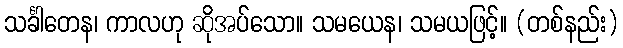
သင်္ခါတေန၊ ကာလဟု ဆိုအပ်သော။ သမယေန၊ သမယဖြင့်။ (တစ်နည်း)